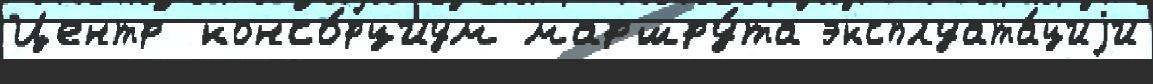
Центр консо́рциум маршру́та эксплуата́циjи